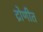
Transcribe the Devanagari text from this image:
द्रोणीत